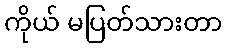
ကိုယ် မပြတ်သားတာ